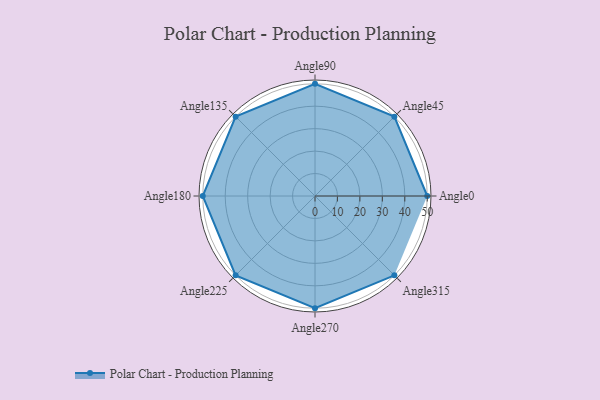
{"axis": {"x": "Angle", "y": "Radius"}, "legend": [""], "data": [{"x": "Angle0", "y": 50, "type": ""}, {"x": "Angle45", "y": 50, "type": ""}, {"x": "Angle90", "y": 50, "type": ""}, {"x": "Angle135", "y": 50, "type": ""}, {"x": "Angle180", "y": 50, "type": ""}, {"x": "Angle225", "y": 50, "type": ""}, {"x": "Angle270", "y": 50, "type": ""}, {"x": "Angle315", "y": 50, "type": ""}]}